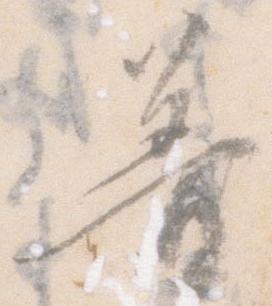
普